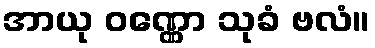
အာယု ဝဏ္ဏော သုခံ ဗလံ။